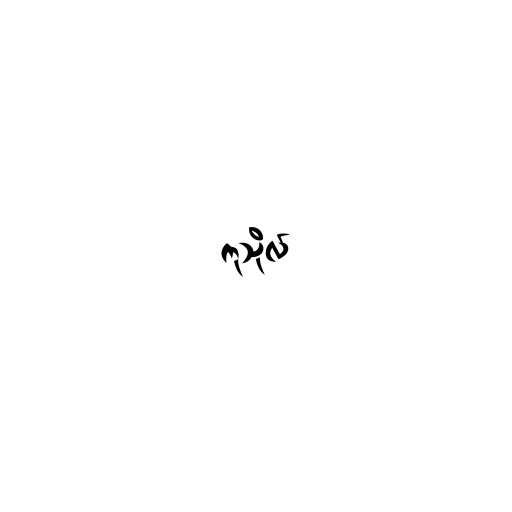
ကုသိုလ်